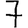
Digit: 7